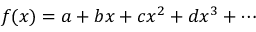
f ( x ) = a + b x + c x ^ { 2 } + d x ^ { 3 } + \cdots